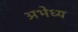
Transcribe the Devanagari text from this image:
अभेध्य